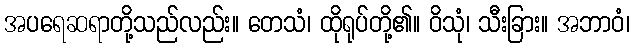
အပရေဆရာတို့သည်လည်း။ တေသံ၊ ထိုရုပ်တို့၏။ ဝိသုံ၊ သီးခြား။ အဘာဝံ၊